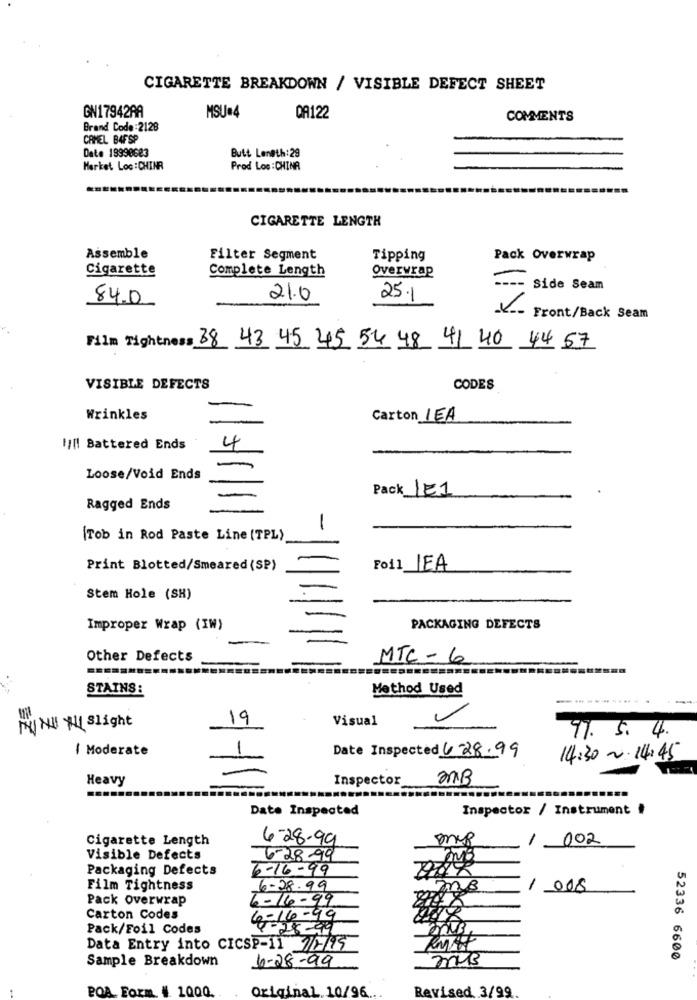
CIGARETTE BREAKDOWN / VISIBLE DEFECT SHEET
GN17942RA
MSU=4
QA122
COMMENTS
Brand Code :2128
CAMEL B4FSP
Date 19990623
Butt Length: 29
Market Loc :CHINR
Prod Los : CHINA
CIGARETTE LENGTH
Assemble
Filter Segment
Tipping
Pack Overwrap
Cigarette
Complete Length
Overwrap
Side Seam
84.0
21.0
25.1
V -- Front/Back Seam
Film Tightness 38 43 45 45 54 48 41 40 44 57
VISIBLE DEFECTS
CODES
Wrinkles
Carton LEA
I/H! Battered Ends
4
Loose/Void Ends
Pack 1E1
Ragged Ends
-
(Tob in Rod Paste Line (TPL)
Print Blotted/Smeared (SP)
Foil IEA
Stem Hole (SH)
Improper Wrap (IW)
PACKAGING DEFECTS
Other Defects
MTC- 6
STAINS :
Method Used
19
Visual
NU YU slight
97. 5.4.
I Moderate
1
Date Inspected 6-28.99
14:30 ~ 14:45
Heavy
Inspector
MB
Date Inspected
Inspector / Instrument
Cigarette Length
6-28-99
002
Visible Defects
6-28-99
Packaging Defects
6-16-99
Film Tightness
6-28.99
m3
/ 008
Pack Overwrap
6-16-99
Carton Codes
4-16-99
Pack/Foil Codes
-28-99
Data Entry into CICSP-11 7/7/15
Sample Breakdown
mus
52336 6600
6-28-99
POA, Form # 1000
Original. 10/96.
Revised 3/99